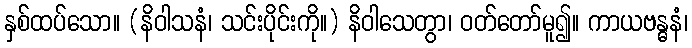
နှစ်ထပ်သော။ (နိဝါသနံ၊ သင်းပိုင်းကို။) နိဝါသေတွာ၊ ဝတ်တော်မူ၍။ ကာယဗန္ဓနံ၊